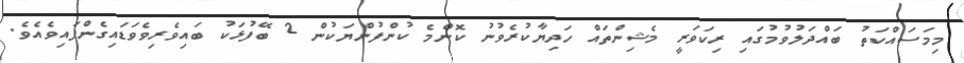
މިމަސައްކަތު ބައްދަލުވުމުގައި ރިކަވަރީ މެޝިންތައް ހަދިޔާކުރެވުނު ކޮންމެ ކުންފުންޔަކުން 2 ބޭފުޅަކު ބައިވެރިވެވަޑައިގެންފައިވެއެވެ.